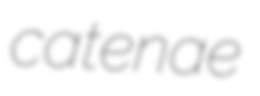
catenae